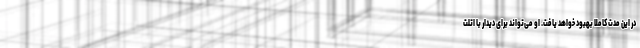
در این مدت کاملا بهبود خواهد یافت. او می‌تواند برای دیدار با اتلت